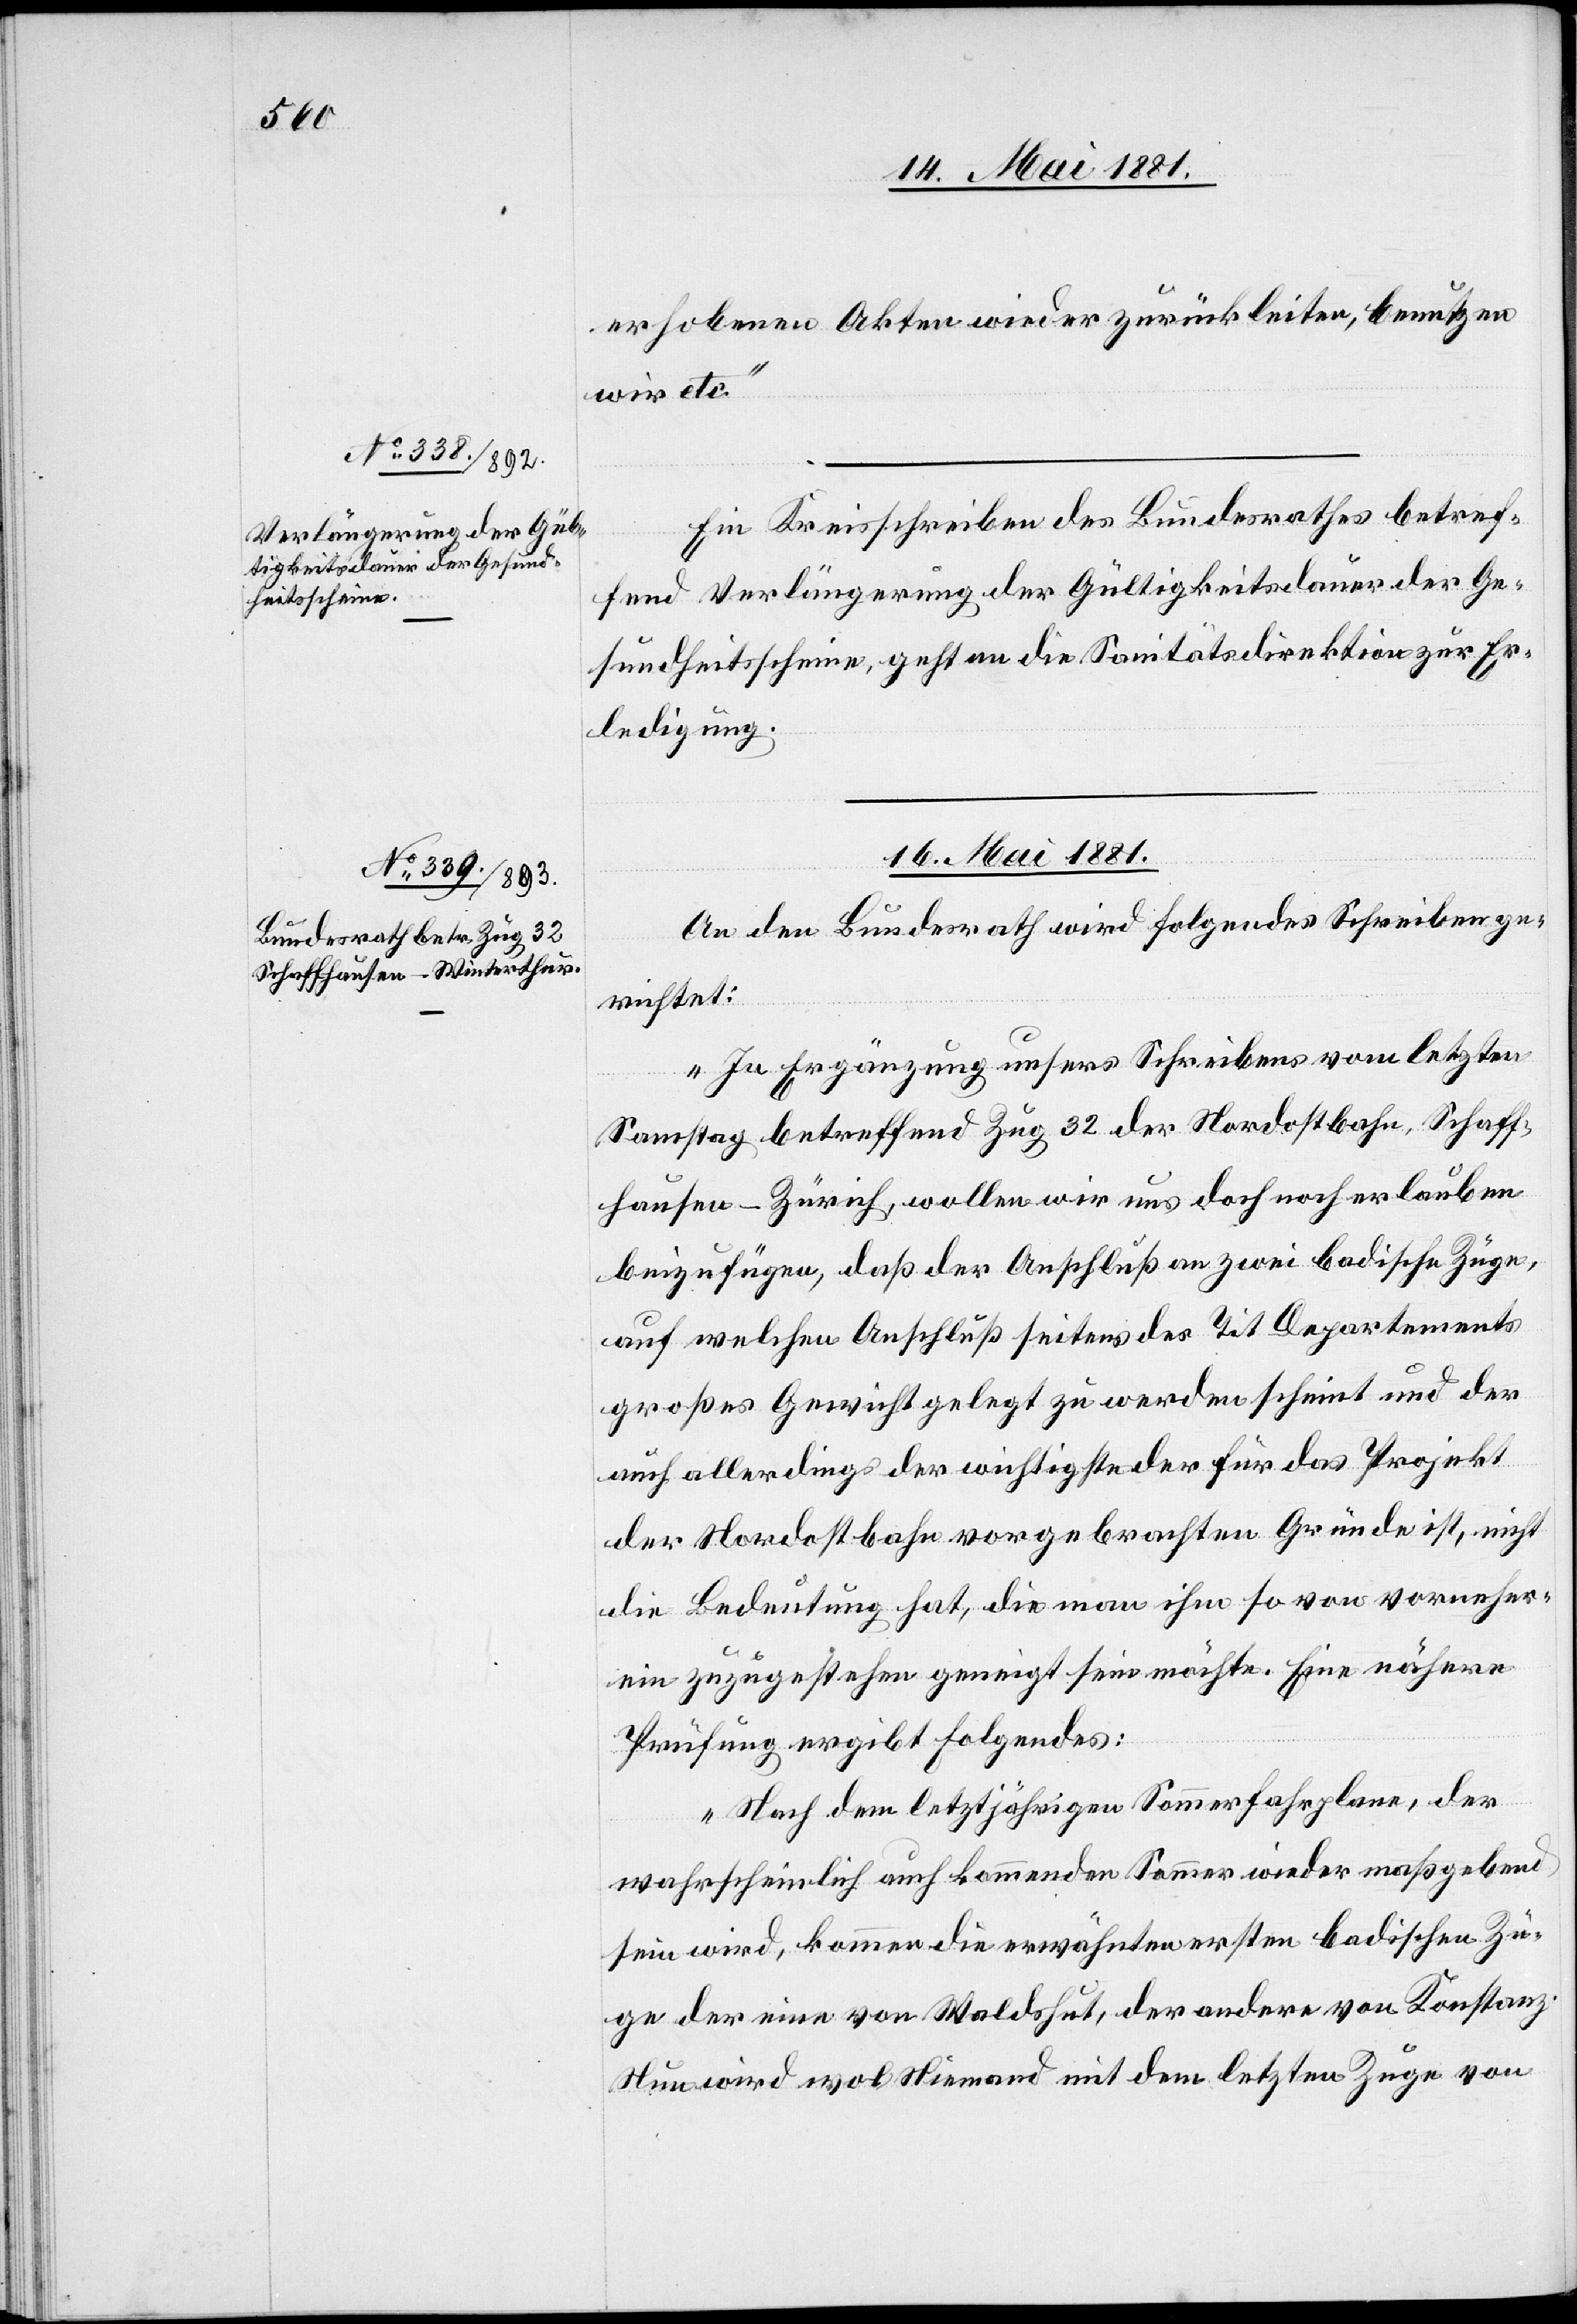
14. Mai 1881]
erhobenen Akten wieder zurückleiten, benutzen
wir etc.“
Ein Kreisschreiben des Bundesrathes betref¬
fend Verlängerung der Gültigkeitsdauer der Ge¬
sundheitsscheine, geht an die Sanitätsdirektion zur Er¬
ledigung.
16. Mai 1881.
An den Bundesrath wird folgendes Schreiben ge¬
richtet:
„In Ergänzung unsers Schreibens vom letzten
Samstag betreffend Zug 32 der Nordostbahn, Schaff¬
hausen–Zürich, wollen wir uns noch erlauben
beizufügen, daß der Anschluß an zwei badische Züge
auf welchen Anschluß seitens des Tit Departements
großes Gewicht gelegt zu werden scheint und der
auch allerdings der wichtigste der für das Projekt
der Nordostbahn vorgebrachten Gründe ist, nicht
die Bedeutung hat, die man ihm so von vorneher¬
ein zugestehen geneigt sein möchte. Eine nähere
Prüfung ergibt folgendes:
Nach dem letztjährigen Sommerfahrplan, der
wahrscheinlich auf kommenden Sommer wieder maßgebend
sein wird, kommen die erwähnten ersten badischen Zü¬
ge[,] der eine von Waldshut, der andere von Konstanz.
Nun wird wol Niemand mit dem letzten Zuge von